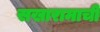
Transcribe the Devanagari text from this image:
सखारामाची